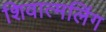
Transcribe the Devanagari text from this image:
शिवात्मलिंग